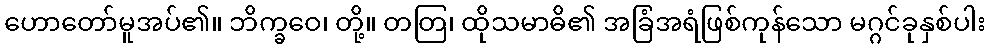
ဟောတော်မူအပ်၏။ ဘိက္ခဝေ၊ တို့။ တတြ၊ ထိုသမာဓိ၏ အခြံအရံဖြစ်ကုန်သော မဂ္ဂင်ခုနှစ်ပါး